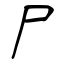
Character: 尸